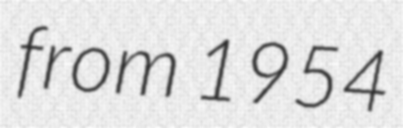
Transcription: from 1954